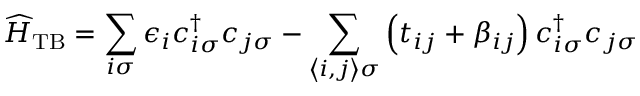
\widehat { H } _ { \mathrm { T B } } = \sum _ { i \sigma } \epsilon _ { i } c _ { i \sigma } ^ { \dagger } c _ { j \sigma } - \sum _ { \left\langle i , j \right\rangle \sigma } \left( t _ { i j } + \beta _ { i j } \right) c _ { i \sigma } ^ { \dagger } c _ { j \sigma }